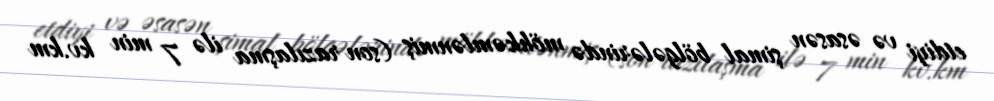
etdiyi və əsasən şimal bölgələrində möhkəmlənmiş (son razılaşma ilə 7 min kv.km